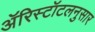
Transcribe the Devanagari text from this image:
ॲरिस्टॉटलनुसार